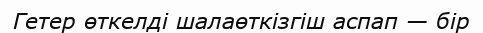
Гетер өткелді шалаөткізгіш аспап — бір